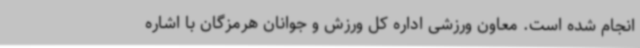
انجام شده است. معاون ورزشی اداره کل ورزش و جوانان هرمزگان با اشاره